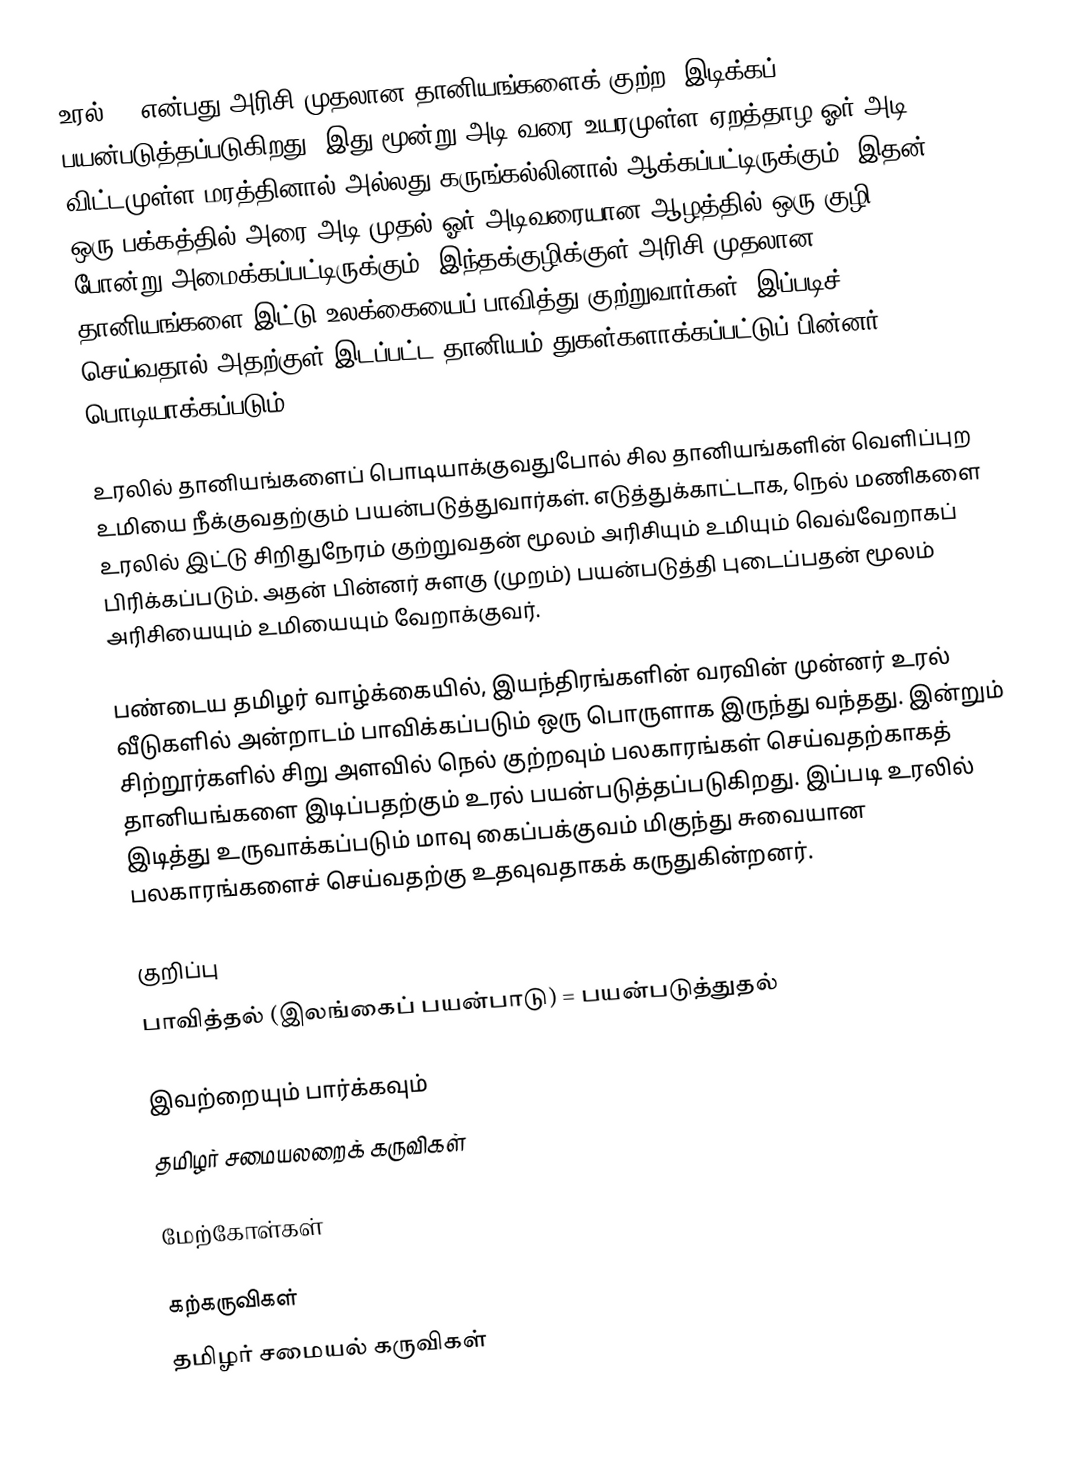
உரல்  () என்பது அரிசி முதலான தானியங்களைக் குற்ற, இடிக்கப் பயன்படுத்தப்படுகிறது. இது மூன்று அடி வரை உயரமுள்ள ஏறத்தாழ ஓர் அடி விட்டமுள்ள மரத்தினால் அல்லது கருங்கல்லினால் ஆக்கப்பட்டிருக்கும். இதன் ஒரு பக்கத்தில் அரை அடி முதல் ஓர் அடிவரையான ஆழத்தில் ஒரு குழி போன்று அமைக்கப்பட்டிருக்கும். இந்தக்குழிக்குள் அரிசி முதலான தானியங்களை இட்டு உலக்கையைப் பாவித்து குற்றுவார்கள். இப்படிச் செய்வதால் அதற்குள் இடப்பட்ட தானியம் துகள்களாக்கப்பட்டுப் பின்னர் பொடியாக்கப்படும்.

உரலில் தானியங்களைப் பொடியாக்குவதுபோல் சில தானியங்களின் வெளிப்புற உமியை நீக்குவதற்கும் பயன்படுத்துவார்கள். எடுத்துக்காட்டாக, நெல் மணிகளை உரலில் இட்டு சிறிதுநேரம் குற்றுவதன் மூலம் அரிசியும் உமியும் வெவ்வேறாகப் பிரிக்கப்படும். அதன் பின்னர் சுளகு (முறம்) பயன்படுத்தி புடைப்பதன் மூலம் அரிசியையும் உமியையும் வேறாக்குவர்.

பண்டைய தமிழர் வாழ்க்கையில், இயந்திரங்களின் வரவின் முன்னர் உரல் வீடுகளில் அன்றாடம் பாவிக்கப்படும் ஒரு பொருளாக இருந்து வந்தது. இன்றும் சிற்றூர்களில் சிறு அளவில் நெல் குற்றவும் பலகாரங்கள் செய்வதற்காகத் தானியங்களை இடிப்பதற்கும் உரல் பயன்படுத்தப்படுகிறது. இப்படி உரலில் இடித்து உருவாக்கப்படும் மாவு கைப்பக்குவம் மிகுந்து சுவையான பலகாரங்களைச் செய்வதற்கு உதவுவதாகக் கருதுகின்றனர்.

குறிப்பு
 பாவித்தல் (இலங்கைப் பயன்பாடு) = பயன்படுத்துதல்

இவற்றையும் பார்க்கவும்
 தமிழர் சமையலறைக் கருவிகள்

மேற்கோள்கள்

கற்கருவிகள்
தமிழர் சமையல் கருவிகள்